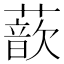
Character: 𫉮